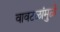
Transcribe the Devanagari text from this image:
वावटळांमुळे